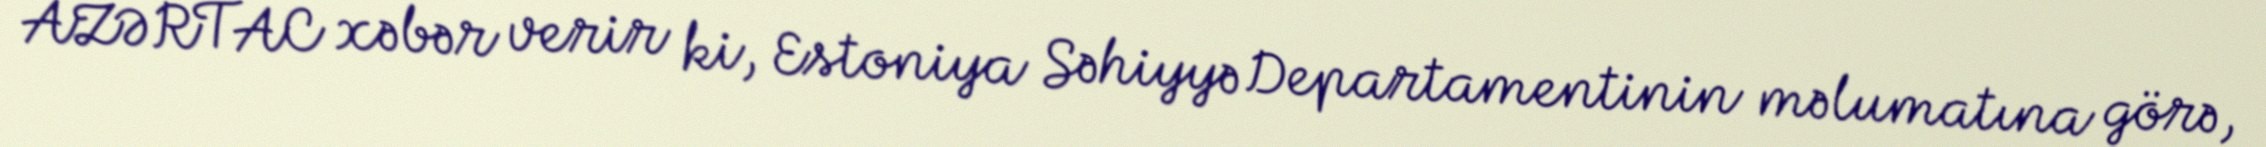
AZƏRTAC xəbər verir ki, Estoniya Səhiyyə Departamentinin məlumatına görə,